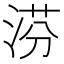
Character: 𣶼